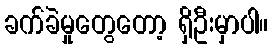
ခက်ခဲမှုတွေတော့ ရှိဦးမှာပါ။